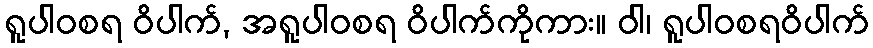
ရူပါဝစရ ဝိပါက်, အရူပါဝစရ ဝိပါက်ကိုကား။ ဝါ၊ ရူပါဝစရဝိပါက်